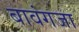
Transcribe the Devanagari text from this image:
बावंगजा